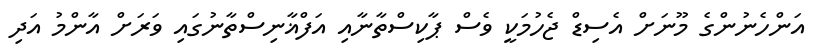
އަންހެނުންގެ މޫނަށް އެސިޑް ޖެހުމަކީ ވެސް ޕާކިސްތާނާއި އަފްޣާނިސްތާނުގައި ވަރަށް އާންމު އަދި